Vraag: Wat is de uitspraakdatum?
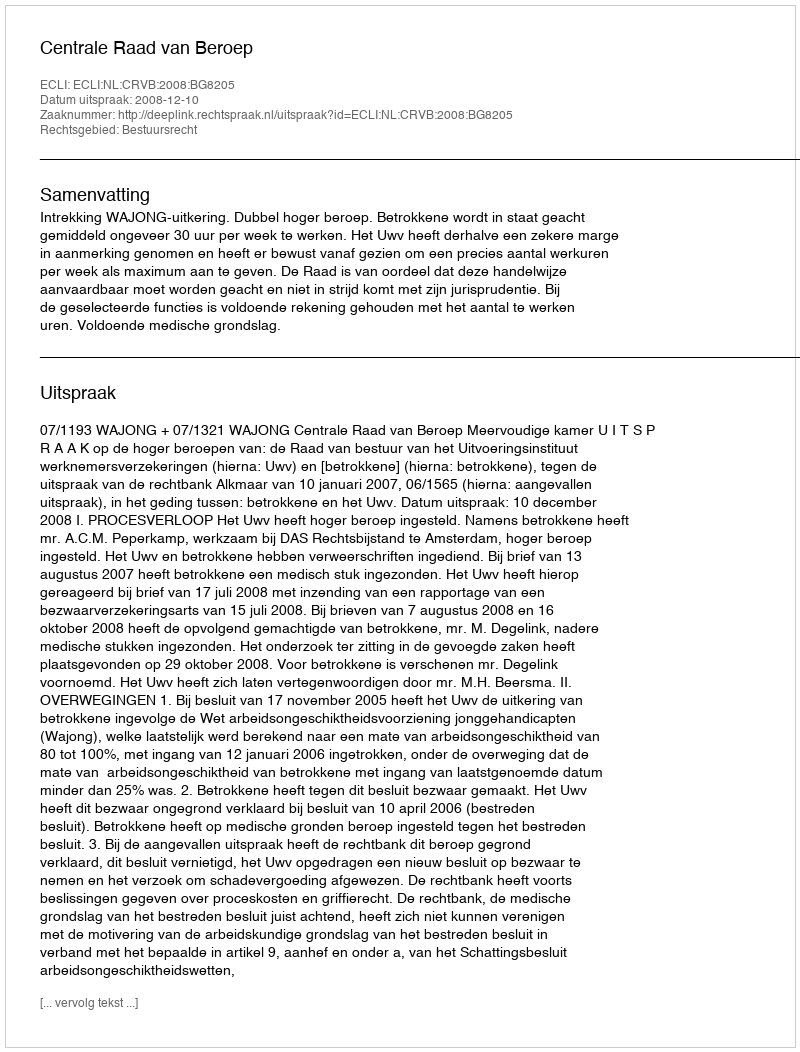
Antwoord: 2008-12-10